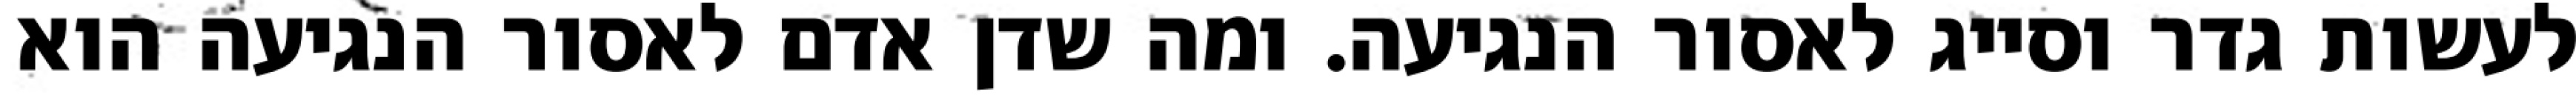
לעשות גדר וסייג לאסור הנגיעה. ומה שדן אדם לאסור הנגיעה הוא